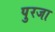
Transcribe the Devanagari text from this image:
पुरजा